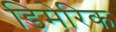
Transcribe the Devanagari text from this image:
डिमेरिक